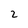
Character: 2